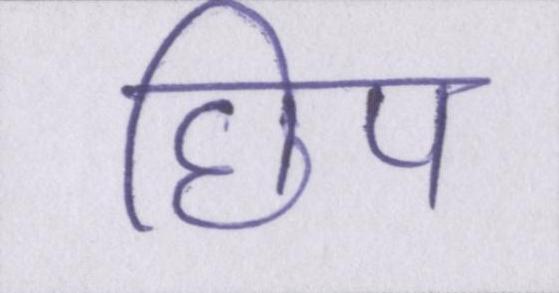
छिप